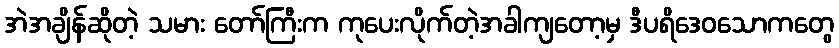
အဲအချိန်ဆိုတဲ့ သမား တော်ကြီးက ကုပေးလိုက်တဲ့အခါကျတော့မှ ဒီပရိဒေဝသောကတွေ